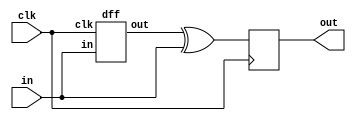
module top_module (
    input clk,
    input in,
    output reg out
);
	wire dout;
    always@(posedge clk)begin
        out = dout ^ in;
    end
    dff df1(.clk(clk), .in(in), .out(dout)); 
    
endmodule

module dff (
    input clk,
    input in,
    output reg out
);
    always@(posedge clk)
        out <= in;
endmodule